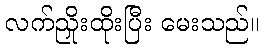
လက်ညှိုးထိုးပြီး မေးသည်။